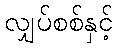
လျှပ်စစ်နှင့်